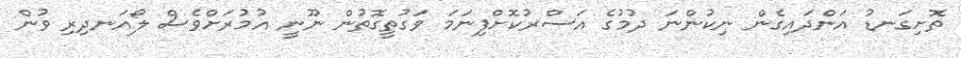
ތޮށިގަނޑު އަންދައިގެން ނިކުންނަ ދުމުގެ އަސްރުކޮށްފިނަމަ ވަގުތީގޮތުން ނޫނީ އުމުރަށްވެސް ލޯއަނދިރި ވުން